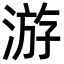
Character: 游